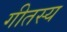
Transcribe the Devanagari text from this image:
गीतस्य